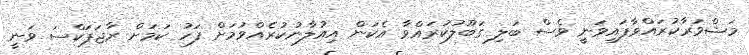
މަޝްވަރާކުރައްވާފައިވަނީ ވެސް ބަލި ގަބޫލުކުރައްވާ އެކަން އިއުލާނުކުރެއްވުމަށް ފަހު ކަމަށް ރާޖަޕަކްސަ ވަނީ